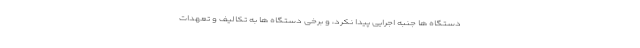
دستگاه ها جنبه اجرایی پیدا نکرد، و برخی دستگاه ها به تکالیف و تعهدات